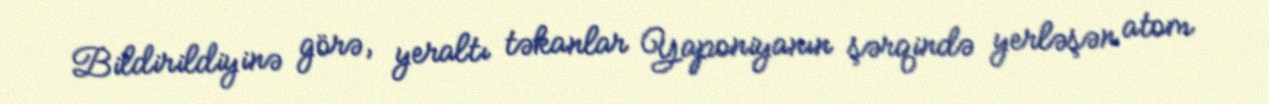
Bildirildiyinə görə, yeraltı təkanlar Yaponiyanın şərqində yerləşən atom